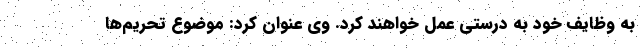
به وظایف خود به درستی عمل خواهند کرد. وی عنوان کرد: موضوع تحریم‌ها